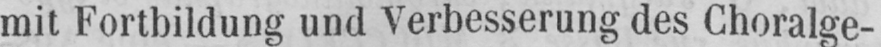
mit Fortbildung und Verbesserung des Choralge-